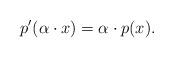
LaTeX: \begin{align*} p'(\alpha \cdot x)=\alpha \cdot p(x).\end{align*}